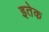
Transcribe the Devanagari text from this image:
इतेक